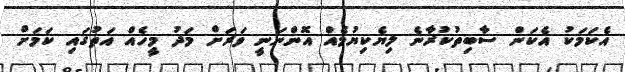
އެކަމަކު އެކަން ސާބިތުކުރާނެ ލިޔެކިޔުމެއް އޮންނަނީ ވަރަށް މަދު މީހެއް އަތުގައި ކަމަށް